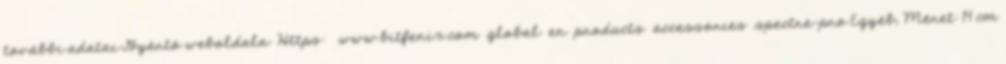
további adatai Gyártó weboldala: Https: www.bitfenix.com global en products accessories spectre-pro Egyéb; Méret: 14 cm